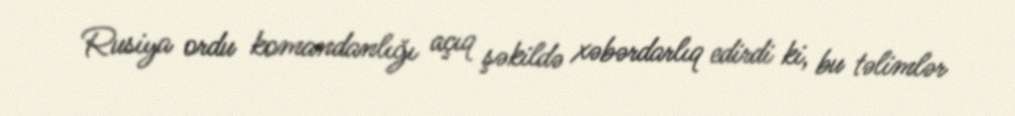
Rusiya ordu komandanlığı açıq şəkildə xəbərdarlıq edirdi ki, bu təlimlər